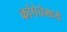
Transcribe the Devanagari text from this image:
कांपेचेमध्ये